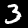
Digit: 3